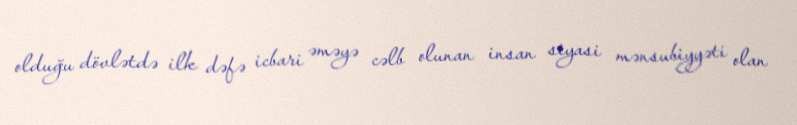
olduğu dövlətdə ilk dəfə icbari əməyə cəlb olunan insan siyasi mənsubiyyəti olan